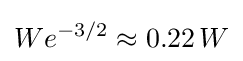
\displaystyle {We^{-3/2}\approx 0.22\,W}